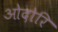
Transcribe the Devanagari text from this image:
ओदोरि